Scottish Leaving Certificate Examination, 1951
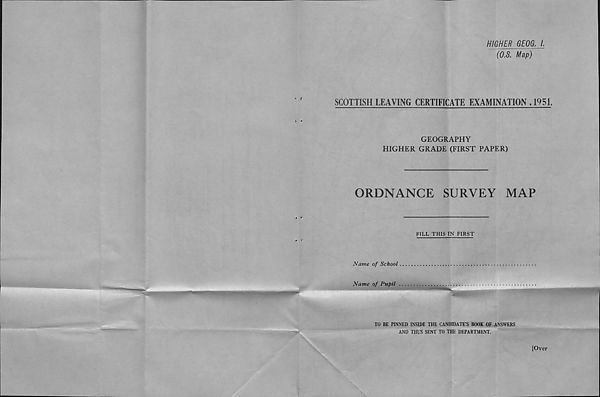
^ l
HIGHER GEOG. I.
(O.S. Map)
SCOTTISH LEAVING CERTIFICATE EXAMINATION ,1951.
GEOGRAPHY
HIGHER GRADE (FIRST PAPER)
ORDNANCE
SURVEY
MAP
FILL THIS IN FIRST
Name of School
Name of Pupil
TO BE PINNED INSIDE THE CANDIDATE’S BOOK OF ANSWERS
AND THUS SENT TO THE DEPARTMENT.
[Oyer